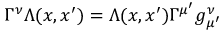
\Gamma ^ { \nu } \Lambda ( x , x ^ { \prime } ) = \Lambda ( x , x ^ { \prime } ) \Gamma ^ { \mu ^ { \prime } } g _ { \mu ^ { \prime } } ^ { \nu }